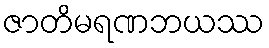
ဇာတိမရဏဘယဿ